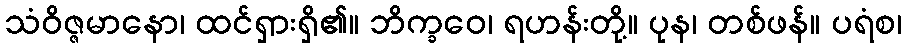
သံဝိဇ္ဇမာနော၊ ထင်ရှားရှိ၏။ ဘိက္ခဝေ၊ ရဟန်းတို့။ ပုန၊ တစ်ဖန်။ ပရံစ၊